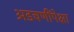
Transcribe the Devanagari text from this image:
अडचणींपेक्षा